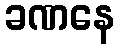
ခဏနေ